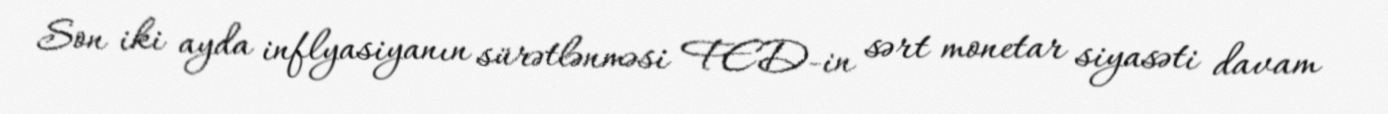
Son iki ayda inflyasiyanın sürətlənməsi FED-in sərt monetar siyasəti davam